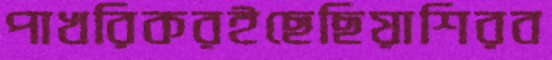
পাখরিকরইছেছিয়াশিরব